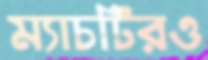
ম্যাচটিরও